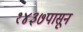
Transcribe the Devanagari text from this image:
१४३७पासून